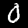
Label: 0